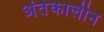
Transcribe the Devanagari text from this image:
अंर्तकालीन